Report on vaccination in the Province of Bengal - 1874-1889
Year: 1874
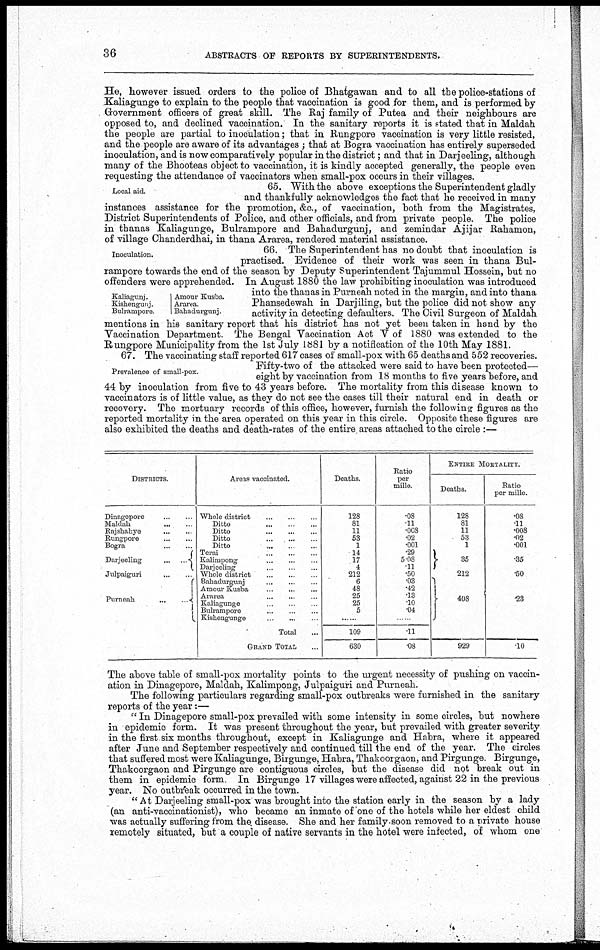
36
ABSTRACTS OF REPORTS BY SUPERINTENDENTS.
He, however issued orders to the police of Bhatgawan and to all the police-stations of
Kaliagunge to explain to the people that vaccination is good for them, and is performed by
Government officers of great skill. The Raj family of Putea and their neighbours are
opposed to, and declined vaccination. In the sanitary reports it is stated that in Maldah
the people are partial to inoculation; that in Rungpore vaccination is very little resisted,
and the people are aware of its advantages ; that at Bogra vaccination has entirely superseded
inoculation, and is now comparatively popular in the district; and that in Darjeeling, although
many of the Bhooteas object to vaccination, it is kindly accepted generally, the people even
requesting the attendance of vaccinators when small-pox occurs in their villages.
Local aid.
65. With the above exceptions the Superintendent gladly
and thankfully acknowledges the fact that he received in many
instances assistance for the promotion, &c., of vaccination, both from the Magistrates,
District Superintendents of Police, and other officials, and from private people. The police
in thanas Kaliagunge, Bulrampore and Bahadurgunj, and zemindar Ajijar Rahamon,
of village Chanderdhai, in thana Ararea, rendered material assistance.
Inoculation.
Kahagunj.
Kishengunj.
Buhampore.
Amour Kusba.
Ararea
Bahadmgunj.
66. The Superintendent has no doubt that inoculation is
practised. Evidence of their work was seen in thana Bul-
rampore towards the end of the season by Deputy Superintendent Tajummul Hossein, but no
offenders were apprehended. In August 1880 the law prohibiting inoculation was introduced
into the thanas in Purneah noted in the margin, and into thana
Phansedewah in Darjiling, but the police did not show any
activity in detecting defaulters. The Civil Surgeon of Maldah
mentions in his sanitary report that his district has not yet been taken in hand by the
Vaccination Department. The Bengal Vaccination Act V of 1880 was extended to the
Rungpore Municipality from the 1st July 1881 by a notification of the 10th May 1881.
Prevalence of small-pox.
67. The vaccinating staff reported 617 cases of small-pox with 65 deaths and 552 recoveries.
Fifty-two of the attacked were said to have been protected—
eight by vaccination from 18 months to five years before, and
44 by inoculation from five to 43 years before. The mortality from this disease known to
vaccinators is of little value, as they do not see the cases till their natural end in death or
recovery. The mortuary records of this office, however, furnish the following: figures as the
reported mortality in the area operated on this year in this circle. Opposite these figures are
also exhibited the deaths and death-rates of the entire, areas attached to the circle :—
DISTRICTS.
Dinagepore... ...
Maldah... ...
Rajshahye...
...
...
Rungpore...
...
...
Bogra...
...
Darjeeling...
...
...
Julparguri... ... ...
Purneah...
...
...
Areas vaccinated.
Whole district...
Ditto... ... ...
Ditto...
...
...
Ditto...
...
...
Ditto...
...
...
Terai...
...
...
Kalimpong...
...
...
Darjeeling... ...
Whole
district...
...
...
Bahadurgunj...
...
...
Amour
Kusba...
...
...
Ararea...
...
...
Kahagunge... ...
Bulrampore...
...
Kishengunge... ...
Total...
GRAND TOTAL...
Deaths.
128
81
11
53
1
14
17
4
212
6
48
25
25
5
......
109
630
Ratio
per
mille.
.08
11
008
.02
001
.29
5.08
11
.50
03
.42
.13
.10
04
...
11
08
ENTIRE MORTALITY.
Deaths.
128
81
11
53
1
35
212
408
929
Ratio
per mille
.08
.11
.008
.02
.001
35
50
.23
10
The above table of small-pox mortality points to the urgent necessity of pushing on vaccin-
ation in Dinagepore, Maldah, Kalimpong, Julpaiguri and Purneah.
The following particulars regarding small-pox outbreaks were furnished in the sanitary
reports of the year:—
" In Dinagepore small-pox prevailed with some intensity in some circles, but nowhere
in epidemic form. It was present throughout the year, but prevailed with greater severity
in the first six months throughout, except in Kaliagunge and Habra, where it appeared
after June and September respectively and continued till the end of the year. The circles
that suffered most were Kaliagunge, Birgunge, Habra, Thakoorgaon, and Pirgunge. Birgunge,
Thakoorgaon and Pirgunge are contiguous circles, but the disease did not break out in
them in epidemic form. In Birgunge 17 villages were affected, against 22 in the previous
year. No outbreak occurred in the town.
"At Darjeeling small-pox was brought into the station early in the season by a lady
(an anti-vaccinationist), who became an inmate of one of the hotels while her eldest child
was actually suffering from the. disease. She and her family soon removed to a private house
remotely situated, but a couple of native servants in the hotel were infected, of whom one